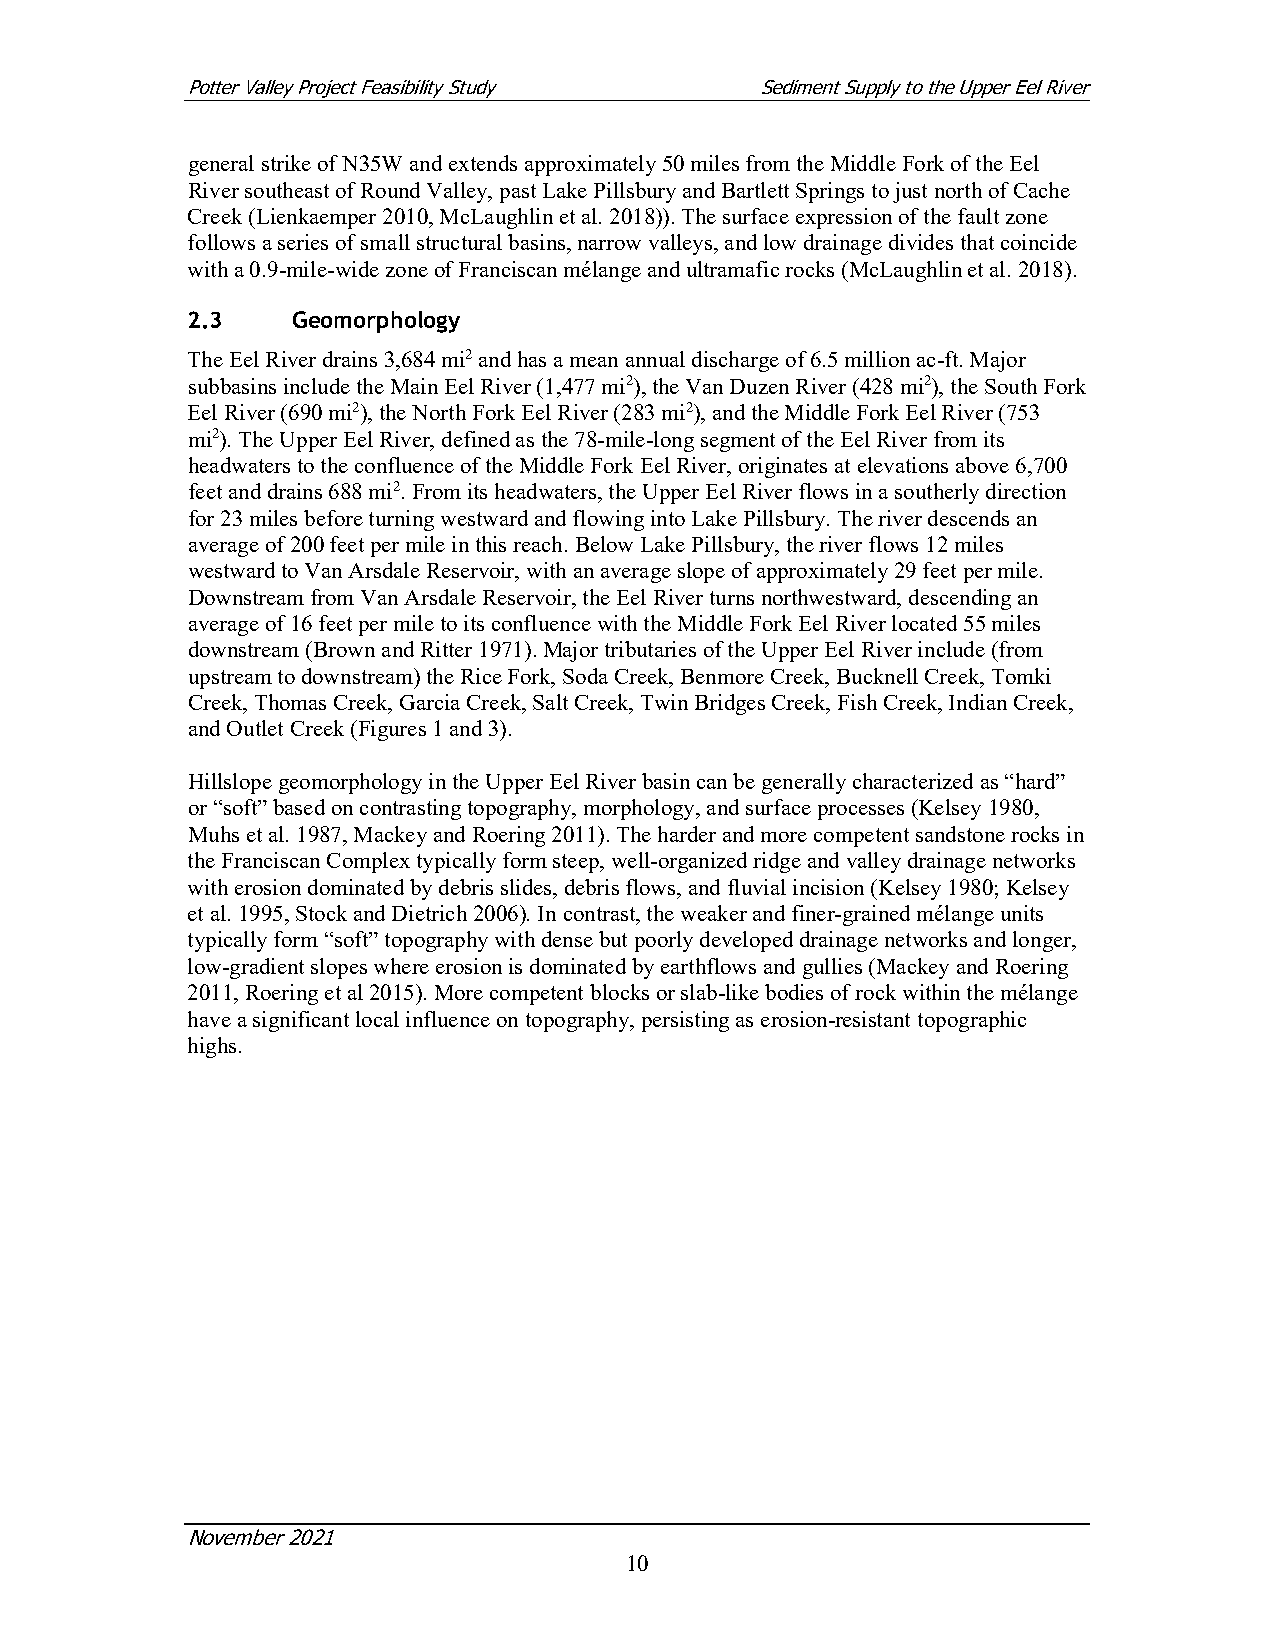
Potter Valley Project Feasibility Study Sediment Supply to the Upper Eel River
 general strike of N35W and extends approximately 50 miles from the Middle Fork of the Eel
 River southeast of Round Valley, past Lake Pillsbury and Bartlett Springs to just north of Cache
 Creek (Lienkaemper 2010, McLaughlin et al. 2018)). The surface expression of the fault zone
 follows a series of small structural basins, narrow valleys, and low drainage divides that coincide
 with a 0.9-mile-wide zone of Franciscan mélange and ultramafic rocks (McLaughlin et al. 2018).
 2.3    Geomorphology
 The Eel River drains 3,684 mi2 and has a mean annual discharge of 6.5 million ac-ft. Major
 subbasins include the Main Eel River (1,477 mi2), the Van Duzen River (428 mi2), the South Fork
 Eel River (690 mi2), the North Fork Eel River (283 mi2), and the Middle Fork Eel River (753
 mi2). The Upper Eel River, defined as the 78-mile-long segment of the Eel River from its
 headwaters to the confluence of the Middle Fork Eel River, originates at elevations above 6,700
 feet and drains 688 mi2. From its headwaters, the Upper Eel River flows in a southerly direction
 for 23 miles before turning westward and flowing into Lake Pillsbury. The river descends an
 average of 200 feet per mile in this reach. Below Lake Pillsbury, the river flows 12 miles
 westward to Van Arsdale Reservoir, with an average slope of approximately 29 feet per mile.
 Downstream from Van Arsdale Reservoir, the Eel River turns northwestward, descending an
 average of 16 feet per mile to its confluence with the Middle Fork Eel River located 55 miles
 downstream (Brown and Ritter 1971). Major tributaries of the Upper Eel River include (from
 upstream to downstream) the Rice Fork, Soda Creek, Benmore Creek, Bucknell Creek, Tomki
 Creek, Thomas Creek, Garcia Creek, Salt Creek, Twin Bridges Creek, Fish Creek, Indian Creek,
 and Outlet Creek (Figures 1 and 3).
 Hillslope geomorphology in the Upper Eel River basin can be generally characterized as “hard”
 or “soft” based on contrasting topography, morphology, and surface processes (Kelsey 1980,
 Muhs et al. 1987, Mackey and Roering 2011). The harder and more competent sandstone rocks in
 the Franciscan Complex typically form steep, well-organized ridge and valley drainage networks
 with erosion dominated by debris slides, debris flows, and fluvial incision (Kelsey 1980; Kelsey
 et al. 1995, Stock and Dietrich 2006). In contrast, the weaker and finer-grained mélange units
 typically form “soft” topography with dense but poorly developed drainage networks and longer,
 low-gradient slopes where erosion is dominated by earthflows and gullies (Mackey and Roering
 2011, Roering et al 2015). More competent blocks or slab-like bodies of rock within the mélange
 have a significant local influence on topography, persisting as erosion-resistant topographic
 highs.
 November 2021
 10